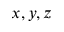
x , y , z